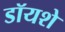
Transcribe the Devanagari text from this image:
डॉयशे